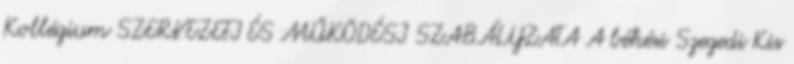
Kollégium SZERVEZETI ÉS MŰKÖDÉSI SZABÁLYZATA A békési Szegedi Kis